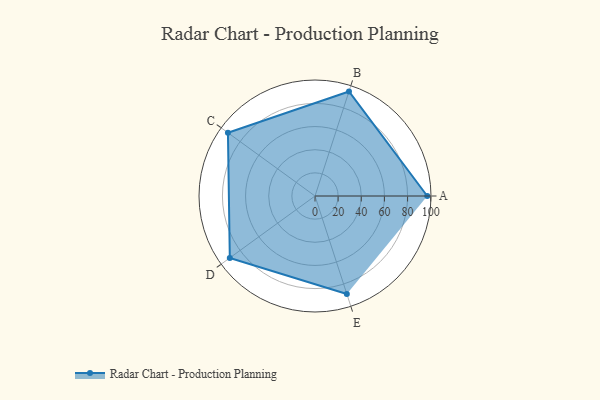
{"axis": {"x": "Skill", "y": "Score"}, "legend": ["Profile"], "data": [{"x": "A", "y": 97.0, "type": "Profile"}, {"x": "B", "y": 95.0, "type": "Profile"}, {"x": "C", "y": 93.0, "type": "Profile"}, {"x": "D", "y": 91.0, "type": "Profile"}, {"x": "E", "y": 89.0, "type": "Profile"}]}